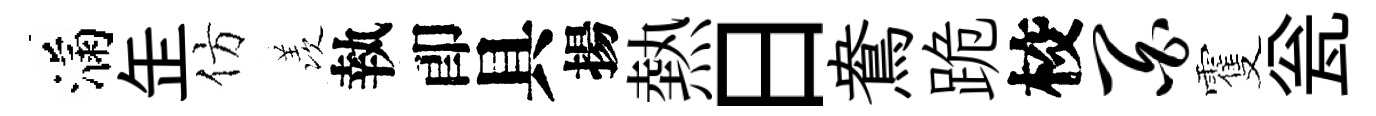
滿𦈢仿羡執卽具揚熱日鴦跪校百䨥瓮